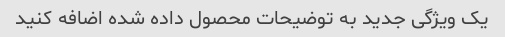
یک ویژگی جدید به توضیحات محصول داده شده اضافه کنید